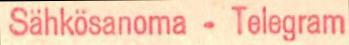
Sähkösanoma - Telegram